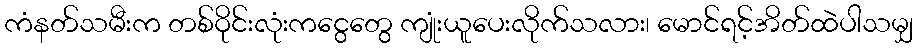
ကံနတ်သမီးက တစ်ဝိုင်းလုံးကငွေတွေ ကျုံးယူပေးလိုက်သလား၊ မောင်ရင့်အိတ်ထဲပါသမျှ